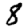
Digit: 8